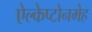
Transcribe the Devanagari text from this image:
ऐल्केप्टोनमेह